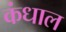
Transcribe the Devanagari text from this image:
कंधाल